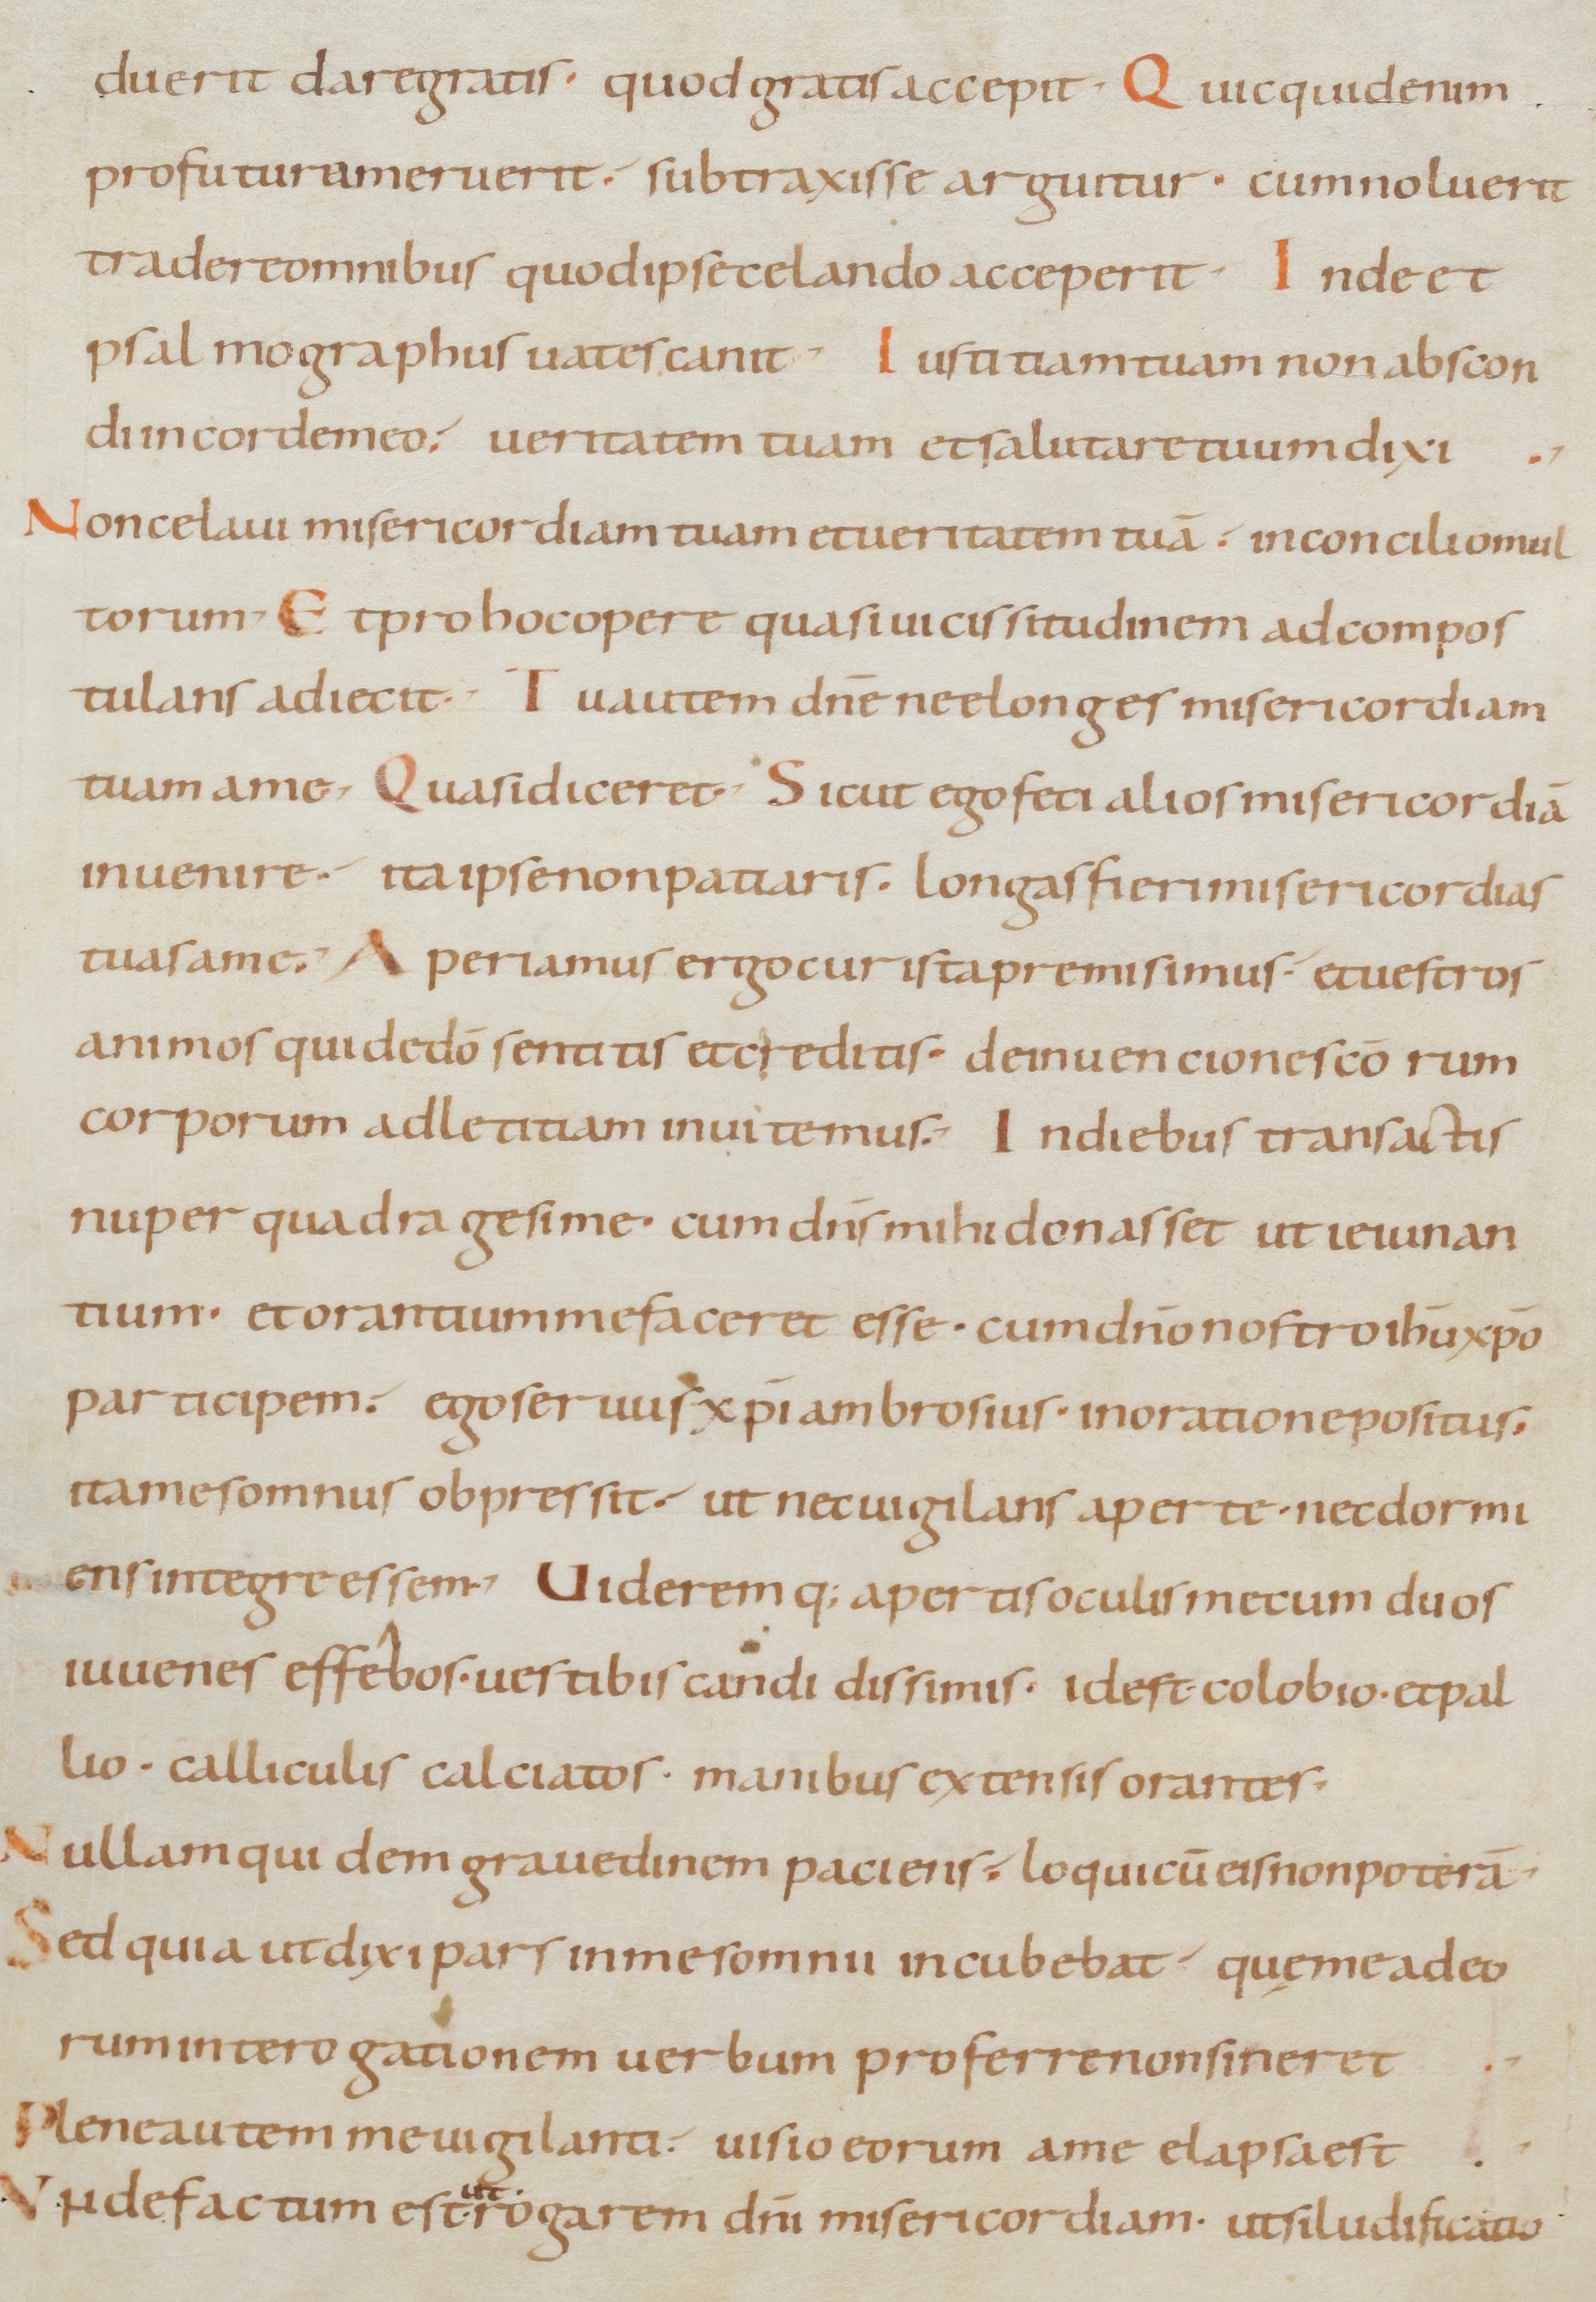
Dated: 800–999